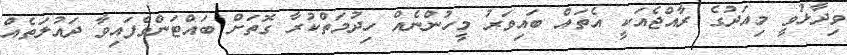
ވިދާޅުވީ މިއަދުގެ ރާއްޖެއަކީ އެތައް ބައިވަރު މީހުންނެއް ހިދުމަތްކުރާ ގޮތަށް ބައްޓަންވެފައިވާ ދައުލަތެއް